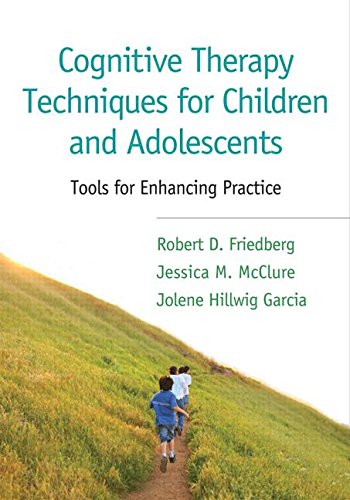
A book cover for Cognitive Therapy Techniques for Children and Adolescents: Tools for Enhancing Practice; Robert D. Friedberg Phd; Medical Books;